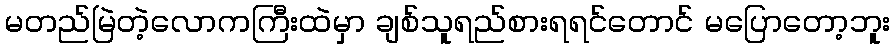
မတည်မြဲတဲ့လောကကြီးထဲမှာ ချစ်သူရည်စားရရင်တောင် မပြောတော့ဘူး